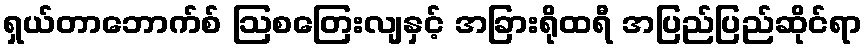
ရှယ်တာဘောက်စ် ဩစတြေးလျနှင့် အခြားရိုထရီ အပြည်ပြည်ဆိုင်ရာ